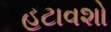
હટાવશો